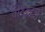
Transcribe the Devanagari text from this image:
वर्टिब्रेट्स